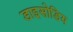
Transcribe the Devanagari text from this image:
डाइसोडिय